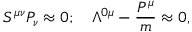
S ^ { \mu \nu } P _ { \nu } \approx 0 ; ~ ~ ~ \Lambda ^ { 0 \mu } - { \frac { P ^ { \mu } } { m } } \approx 0 ,